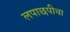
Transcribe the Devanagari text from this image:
लपाछपीचा